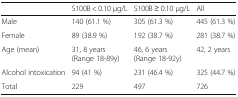
<table><thead><tr><td></td><td><b>S100B &lt; 0.10 μg/L</b></td><td><b>S100B ≥ 0.10 μg/L</b></td><td><b>All</b></td></tr></thead><tbody><tr><td>Male</td><td>140 (61.1 %)</td><td>305 (61.3 %)</td><td>445 (61.3 %)</td></tr><tr><td>Female</td><td>89 (38.9 %)</td><td>192 (38.7 %)</td><td>281 (38.7 %)</td></tr><tr><td>Age (mean)</td><td>31, 8 years(Range 18-89y)</td><td>46, 6 years(Range 18-92y)</td><td>42, 2 years</td></tr><tr><td>Alcohol intoxication</td><td>94 (41 %)</td><td>231 (46.4 %)</td><td>325 (44.7 %)</td></tr><tr><td>Total</td><td>229</td><td>497</td><td>726</td></tr></tbody></table>